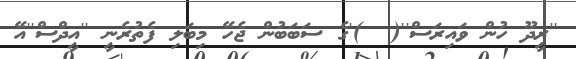
''ރީދޫ ހުން ވައިރަސް''(  )'ގެ ސަބަބުން ޖެހޭ މިބަލި ފެތުރެނީ ''އީދްސް''އޭ